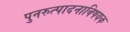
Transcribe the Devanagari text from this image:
पुनरुत्पादनाविषयक